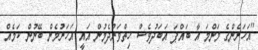
''އަހަރެންގެ މަންމަ އާ ބައްޕަ އަބަދުވެސް ހިތްވަރުދެމުން އައީ އަހަރުމެން ބޭނުން ކަމެއް